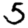
Digit: 5